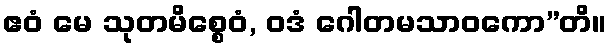
ဧဝံ မေ သုတမိစ္စေဝံ, ဝဒံ ဂေါတမသာဝကော”တိ။